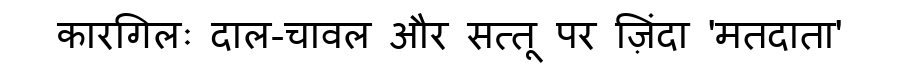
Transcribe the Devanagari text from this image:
कारगिलः दाल-चावल और सत्तू पर ज़िंदा 'मतदाता'